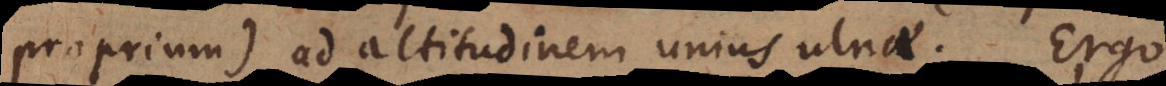
proprium) ad altitudinem unius ulnae. Ergo